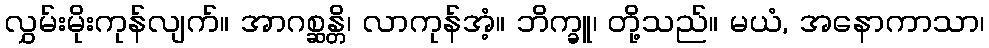
လွှမ်းမိုးကုန်လျက်။ အာဂစ္ဆန္တိ၊ လာကုန်အံ့။ ဘိက္ခူ၊ တို့သည်။ မယံ, အနောကာသာ၊